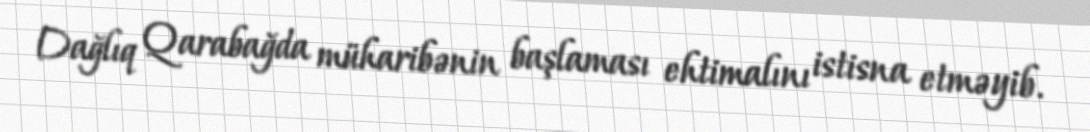
Dağlıq Qarabağda müharibənin başlaması ehtimalını istisna etməyib.